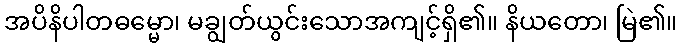
အပိနိပါတဓမ္မော၊ မချွတ်ယွင်းသောအကျင့်ရှိ၏။ နိယတော၊ မြဲ၏။